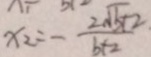
x _ { 2 } = - \frac { 2 \sqrt { 5 } + 2 } { b + 2 }